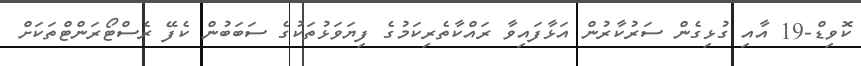
ކޮވިޑް-19 އާއި ގުޅިގެން ސަރުކާރުން އަޅާފައިވާ ރައްކާތެރިކަމުގެ ފިޔަވަޅުތަކުގެ ސަބަބުން ކެފޭ ރެސްޓޯރަންޓްތަކަށް